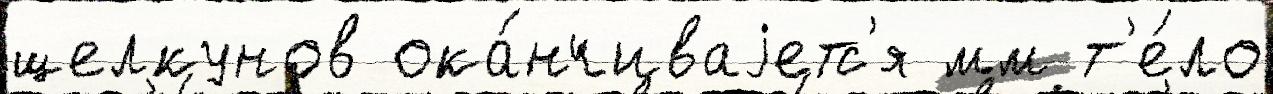
щелкунов ока́нчиваjетс'я мм т'е́ло